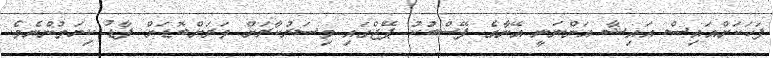
ފަހަކަށްއައިސް އައިޝާ އަންނަނީ އޭނާގެ ފޭސްބުކު ޕޭޖްގައި މިސަރުކާރަށް ވަރަށްބޮޑަށް ފާޑު ކިޔަމުންނެވެ.